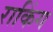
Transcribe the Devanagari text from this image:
राकिंग